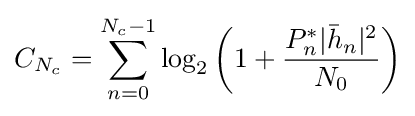
C_{N_{c}}=\sum _{n=0}^{N_{c}-1}\log _{2}\left(1+{\frac {P_{n}^{*}|{\bar {h}}_{n}|^{2}}{N_{0}}}\right)